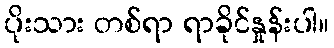
ပိုးသား တစ်ရာ ရာခိုင်နှုန်းပါ။